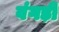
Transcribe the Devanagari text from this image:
वंगड़ी